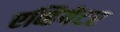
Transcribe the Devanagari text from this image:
एव्हियेटर